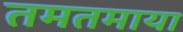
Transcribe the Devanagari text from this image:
तमतमाया